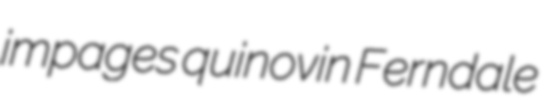
impages quinovin Ferndale